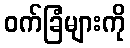
ဝက်ခြံများကို